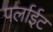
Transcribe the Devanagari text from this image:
पर्लाईट